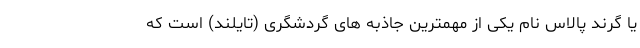
یا گرند پالاس نام یکی از مهمترین جاذبه های گردشگری (تایلند) است که